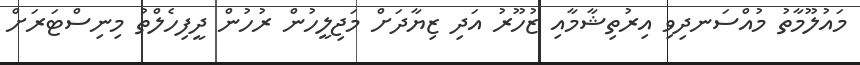
މައުލޫމާތު މުއްސަނދިވި އިރުތިޝާމާއި ޒުހޫރު އަދި ޒިޔާދަށް މަޖިލީހުން ރުހުން ދީފިހެލްތު މިނިސްޓަރަށް